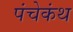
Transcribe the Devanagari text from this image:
पंचेकंथ